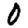
Digit: 0